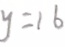
y = 1 6